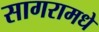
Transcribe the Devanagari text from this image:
सागरामधे